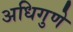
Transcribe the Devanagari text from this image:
अधिगुणे